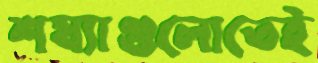
শয্যাগুলোতেই